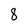
Character: 8